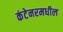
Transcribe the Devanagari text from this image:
कंटेनरमधील